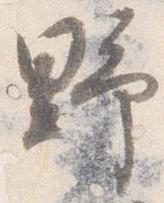
野